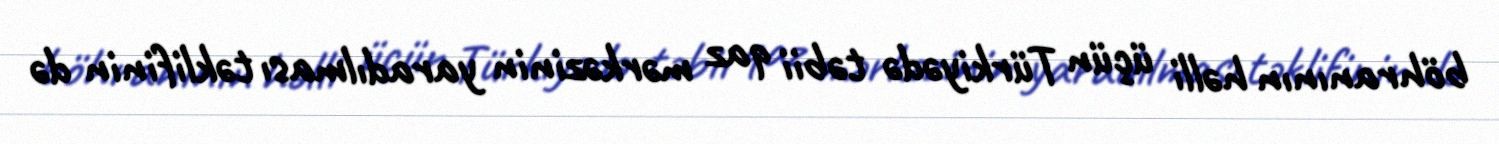
böhranının həlli üçün Türkiyədə təbii qaz mərkəzinin yaradılması təklifinin də